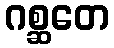
ဂစ္ဆတေ